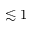
\lesssim 1